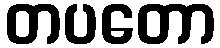
တပတော